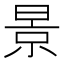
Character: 景